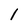
Character: l